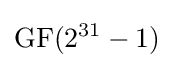
{\rm {GF}}(2^{31}-1)